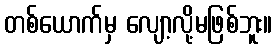
တစ်ယောက်မှ လျော့လို့မဖြစ်ဘူး။